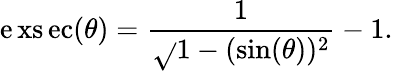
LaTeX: \operatorname{\mathrm{e}xs\mathrm{e}c}(\theta)={\frac{{1}}{{\sqrt{}{{1-(\sin(\theta))^{2}}}}}}-1.